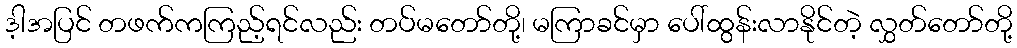
ဒ့ါအပြင် တဖက်ကကြည့်ရင်လည်း တပ်မတော်တို့၊ မကြာခင်မှာ ပေါ်ထွန်းလာနိုင်တဲ့ လွှတ်တော်တို့